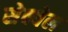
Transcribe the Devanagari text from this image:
सेक्वेल